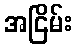
အငြိမ်း